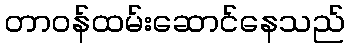
တာဝန်ထမ်းဆောင်နေသည်